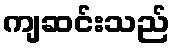
ကျဆင်းသည်